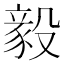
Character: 毅